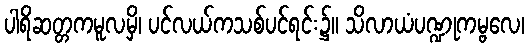
ပါရိဆတ္တကမူလမှိ၊ ပင်လယ်ကသစ်ပင်ရင်း၌။ သိလာယံပဏ္ဍုကမ္ဗလေ၊